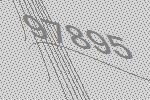
97895